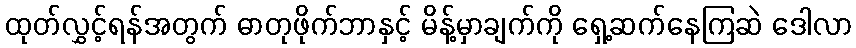
ထုတ်လွှင့်ရန်အတွက် ဓာတုဖိုက်ဘာနှင့် မိန့်မှာချက်ကို ရှေ့ဆက်နေကြဆဲ ဒေါလာ